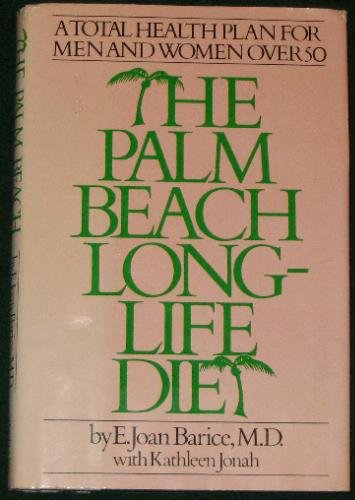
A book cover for The Palm Beach long-life diet; E. Joan Barice; Health, Fitness & Dieting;